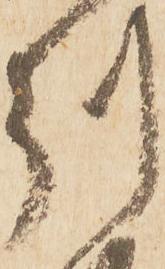
州